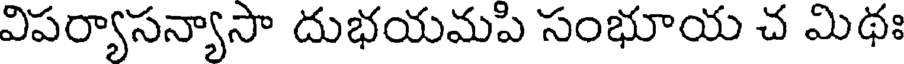
విపర్యాసన్యాసా దుభయమపి సంభూయ చ మిథః